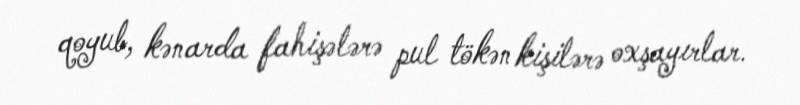
qoyub, kənarda fahişələrə pul tökən kişilərə oxşayırlar.